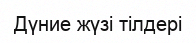
Дүние жүзі тілдері